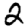
Digit: 2